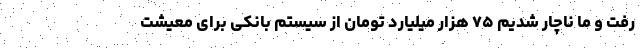
رفت و ما ناچار شدیم ۷۵ هزار میلیارد تومان از سیستم بانکی برای معیشت